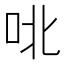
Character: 𫩡